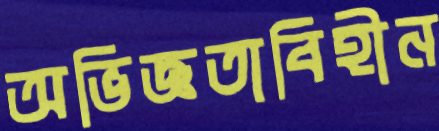
অভিজ্ঞতাবিহীন